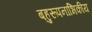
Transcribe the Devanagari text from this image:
बहुरूपनाभिकीय